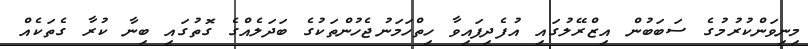
މިނިވަންކުރުމުގެ ސަބަބުން އިޒްރޭލުގައި އުފެދިފައިވާ ހިތްހަމަނުޖެހުންތަކުގެ ބަދަލެއްގެ ގޮތުގައި ބިނާ ކުރާ ގެތަކެއް